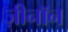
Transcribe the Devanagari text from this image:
ज़ीनॉन